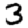
Digit: 3